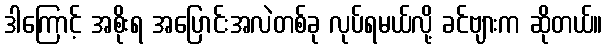
ဒါကြောင့် အစိုးရ အပြောင်းအလဲတစ်ခု လုပ်ရမယ်လို့ ခင်ဗျားက ဆိုတယ်။